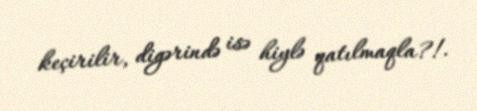
keçirilir, digərində isə hiylə qatılmaqla?!.